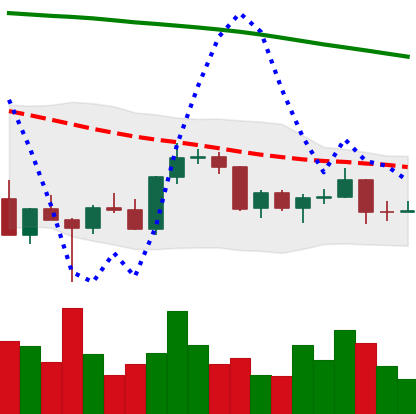
Ticker: BNB-USD
Chart end date: 2022-03-12
Forward return: 5.123%
Label: up_5_7